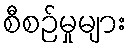
စီစဉ်မှုများ